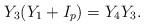
LaTeX: \begin{align*}Y_3 (Y_1+I_p)= Y_4 Y_3.\end{align*}